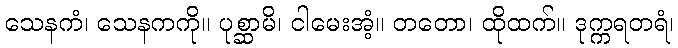
သေနကံ၊ သေနကကို။ ပုစ္ဆာမိ၊ ငါမေးအံ့။ တတော၊ ထိုထက်။ ဒုက္ကရတရံ၊